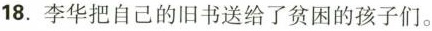
18.李华把自己的旧书送给了贫困的孩子们。